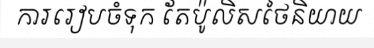
ការរៀបចំទុក តែប៉ូលិសថៃនិយាយ